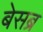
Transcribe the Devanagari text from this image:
बेसब्र